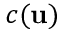
c ( \mathbf { u } )